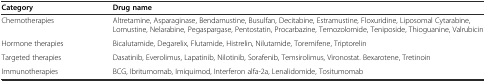
<table><thead><tr><td><b>Category</b></td><td><b>Drug name</b></td></tr></thead><tbody><tr><td>Chemotherapies</td><td>Altretamine, Asparaginase, Bendamustine, Busulfan, Decitabine, Estramustine, Floxuridine, Liposomal Cytarabine, Lomustine, Nelarabine, Pegaspargase, Pentostatin, Procarbazine, Temozolomide, Teniposide, Thioguanine, Valrubicin</td></tr><tr><td>Hormone therapies</td><td>Bicalutamide, Degarelix, Flutamide, Histrelin, Nilutamide, Toremifene, Triptorelin</td></tr><tr><td>Targeted therapies</td><td>Dasatinib, Everolimus, Lapatinib, Nilotinib, Sorafenib, Temsirolimus, Vironostat. Bexarotene, Tretinoin</td></tr><tr><td>Immunotherapies</td><td>BCG, Ibritumomab, Imiquimod, Interferon alfa-2a, Lenalidomide, Tositumomab</td></tr></tbody></table>